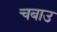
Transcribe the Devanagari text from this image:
चबाउ